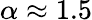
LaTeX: \alpha\approx 1.5